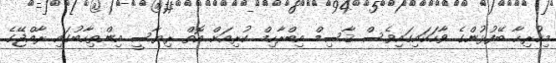
މިހުރިހާ ބޭފުޅުންގެ ވާހަކައިގައިވެސް ޤާސިމް އިބްރާހިމް ކުރިއަށް އޮތް ރިޔާސީ އިންތިހާބުގައި ރާއްޖޭގެ